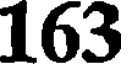
163